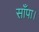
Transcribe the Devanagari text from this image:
साँपा।